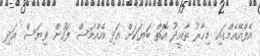
އެފްއޭއެމްގައި މިހާރު ތާއީދު އޮތް ބަޔަކަށް އަދި އެއްމަސް ފަހުން ވިޔަސް އަދި